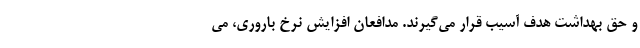
و حق بهداشت هدف آسیب قرار می‌گیرند. مدافعان افزایش نرخ باروری، می